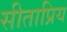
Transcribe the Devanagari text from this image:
सीताप्रिय